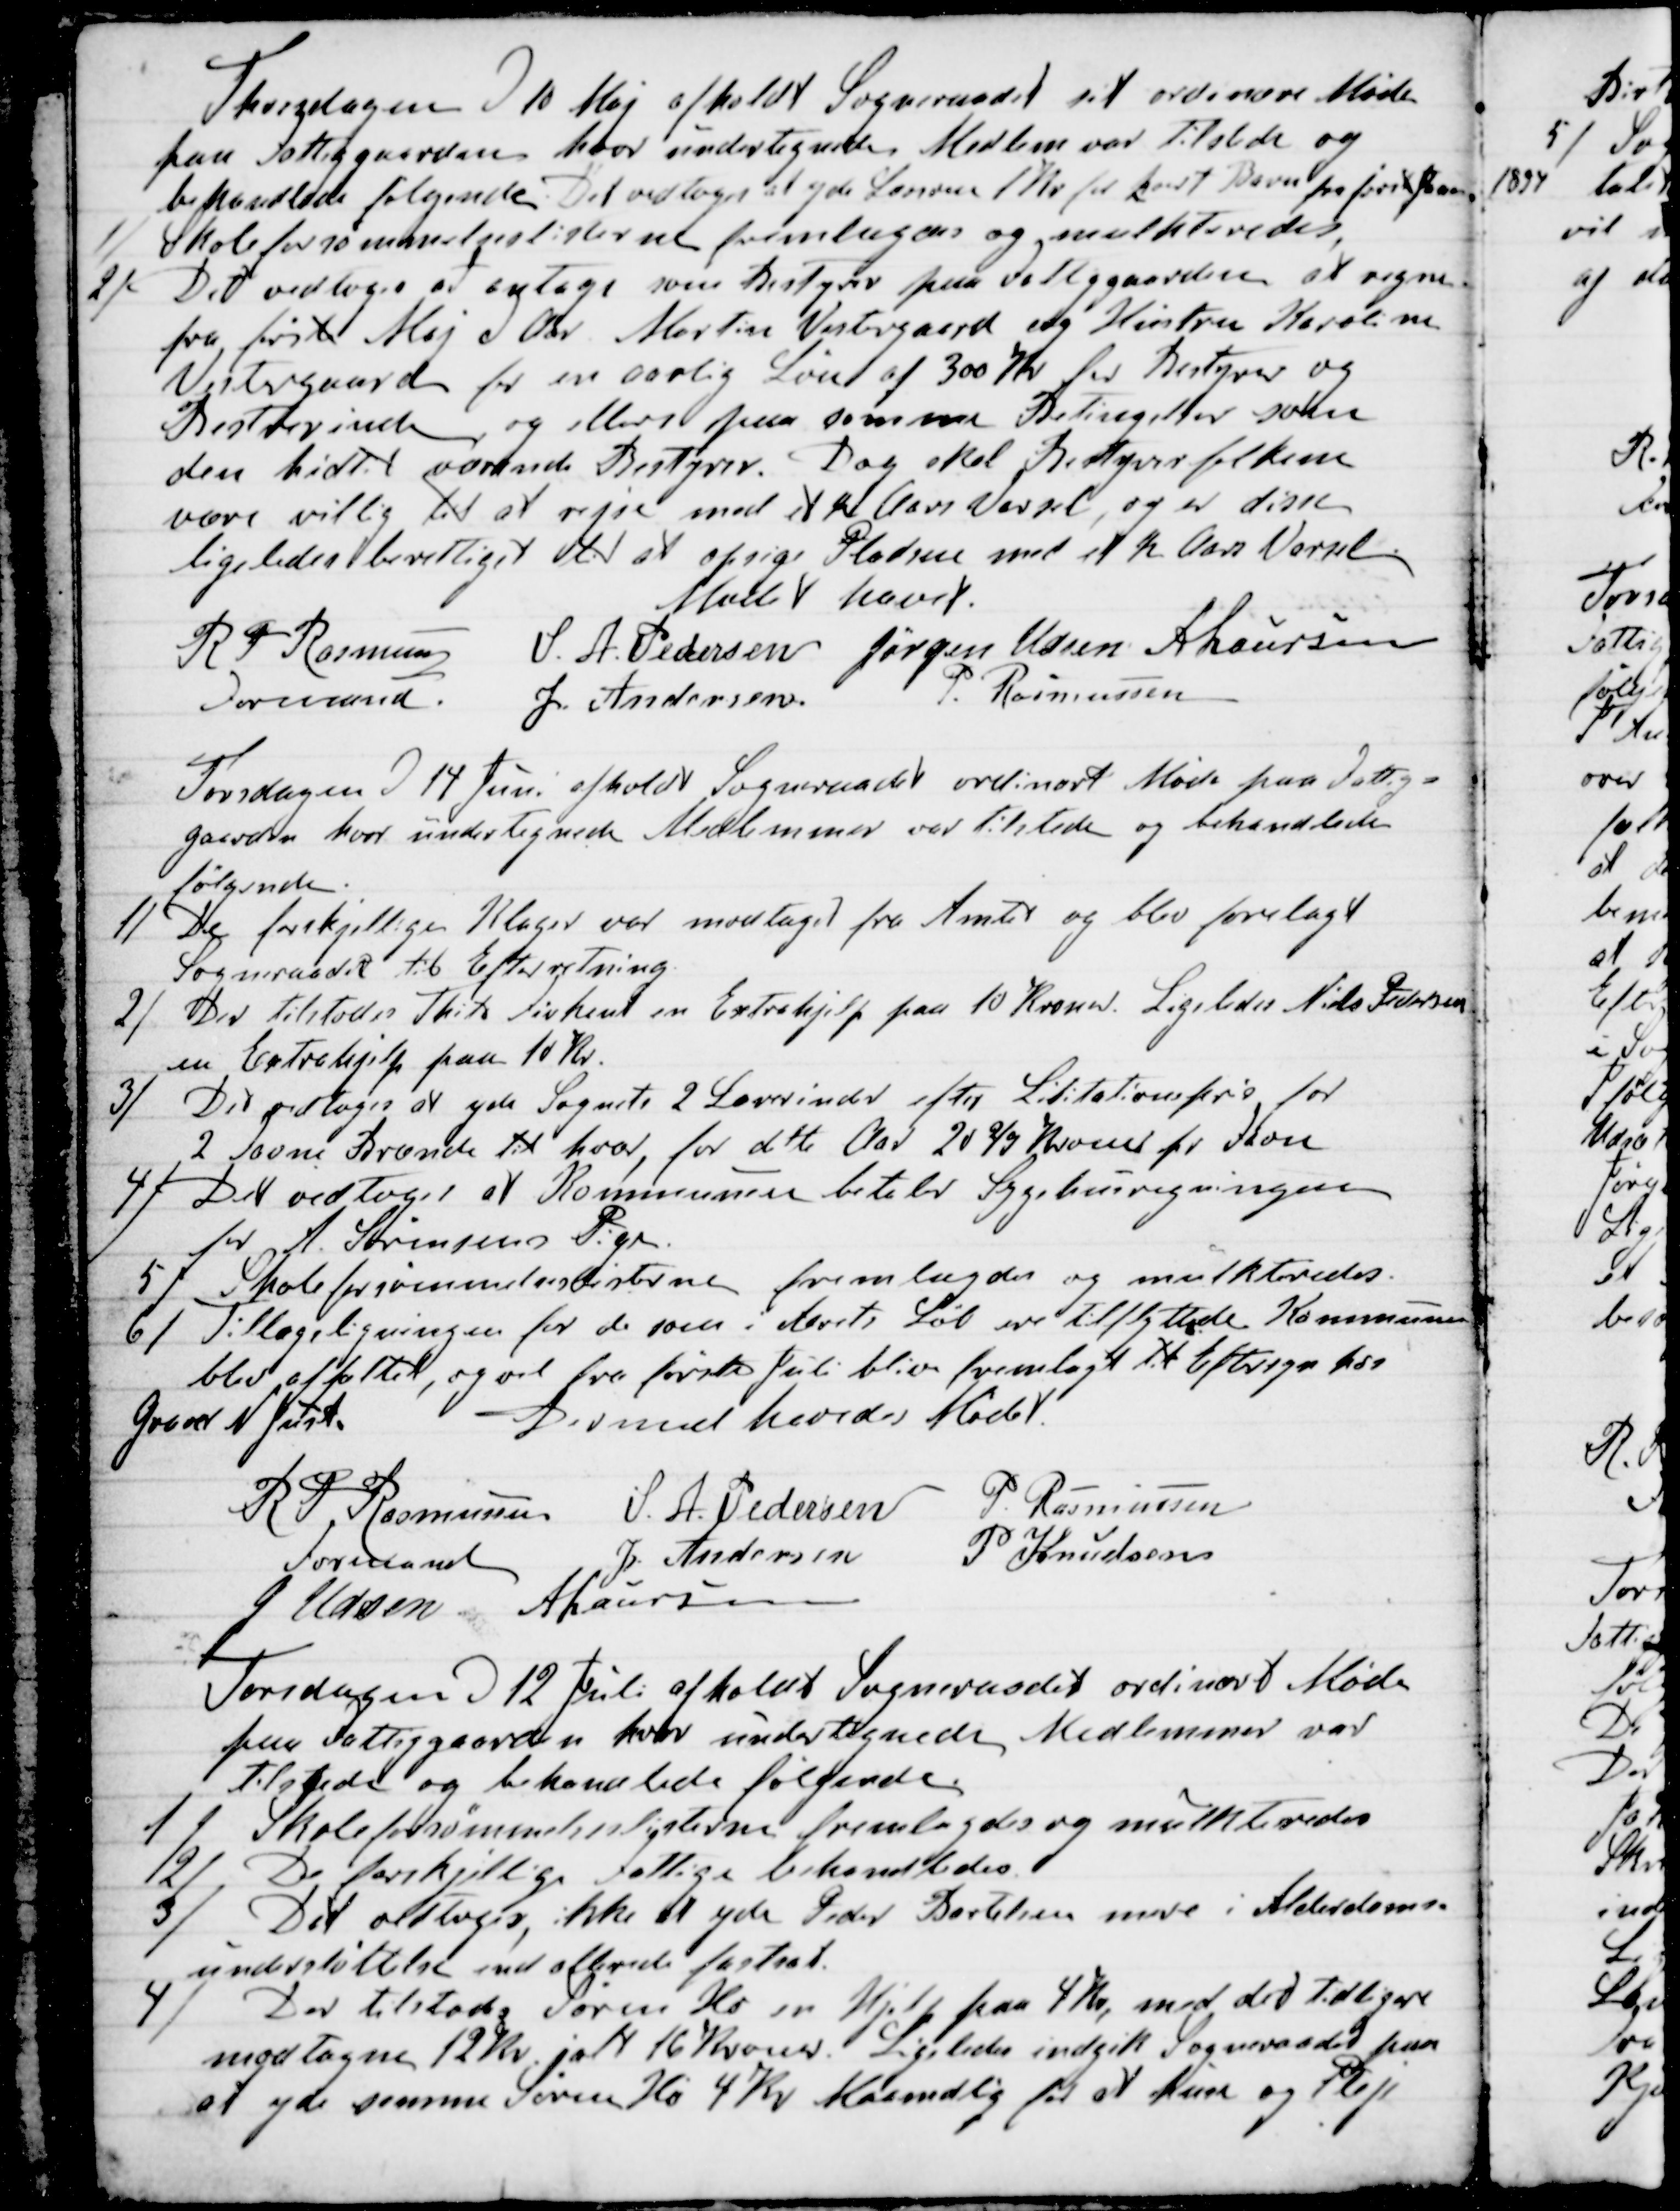
Transskription:
Thorsdagen d 10 Maj afholdt Sogneraadet sit ordinære Møde
paa Fattiggaarden hvor undertegnede Medlem var tilstede og
behandlede følgende. Det vedtoges at yde Læreren 1 Kr for hvert Barn fra første Aar
1) Skoleforsømmelseslisterne fremlagdes og mulkteredes.
2) Det vedtoges at antage som Bestyrer paa Fattiggaarden at regne
fra første Maj d Aar Martin Vestergaard og Hustru Karoline
Vestergaard for en aarlig Løn af 300 Kr for Bestyrer og
Bestyrerinde og ellers paa samme Betingelser som
den hidtil værende Bestyrer. Dog skal Bestyrerfolkene
være villig til at rejse med et  ½  Aars Varsel, og er disse
ligeledes berettiget til at opsige Pladsen med et ½  Aars Varsel
Mødet hævet.
R P Rasmussen
Formand.
S. A. Pedersen
Jørgen Udsen
A Laursen
J. Andersen
P. Rasmussen

Torsdagen d 14 Juni afholdt Sogneraadet ordinært Møde paa Fattig-
gaarden hvor undertegnede Medlemmer var tilstede og behandlede
følgende.
1) De forskjellige Klager var modtaget fra Amtet og blev forelagt
Sogneraadet til Efterretning
2)  Der tilstodes Thits Firkant en Extrahjelp paa 10 Kroner. Ligeledes Niels Pedersen
en Extrahjelp paa 10 Kr.
3) Det vedtoges at yde Sognets 2 Lærerinder efter Lititationspris for
2 Favne Brænde til hver, for dette Aar 20 ⅔ Kroner pr Favn
4) Det vedtoges at Kommunen betaler Sygehusregningen
for A. Sørensens Pige.
5) Skoleforsømmelseslisterne fremlagdes og mulkteredes.
6) Tillægsligningen for de som i Aarets Løb ere tilflyttede Kommunen
blev affattet, og vil fra første Juli blive fremlagt til Eftersyn hos
Graver N Just.
Dermed hævedes Mødet.
R P Rasmussen
Formand
S. A. Pedersen
P. Rasmussen
J Andersen
P Knudsen
J Udsen
A Laursen

Torsdagen d 12 Juli afholdt Sogneraadet ordinært Møde
paa Fattiggaarden hvor undertegnede Medlemmer var
tilstede og behandlede følgende.
1) Skoleforsømmelseslisterne fremlagdes og mulkteredes
2) De forskjellige Fattige behandledes.
3) 
Det vedtoges, ikke at yde Peder Bertelsen mere i Alderdoms-
understøttelse end allerede fastsat.
4) Der tilstodes Søren Ho en Hjelp paa 4 Kr, med det tidligere
modtagne 12 Kr. ialt 16 Kroner. Ligeledes indgik Sogneraadet paa
at yde samme Søren Ho 4 Kr Maanedlig for at huse og Pleje